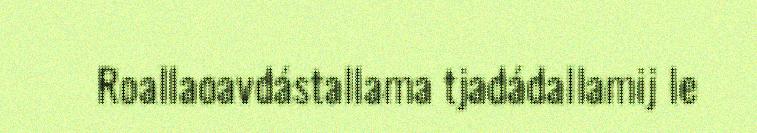
Roallaoavdástallama tjadádallamij le